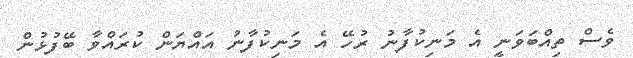
ވެސް ތިއްބަވަނީ އެ މަނިކުފާނު ރުހޭ އެ މަނިކުފާނު އައްޔަން ކުރައްވާ ބޭފުޅުން